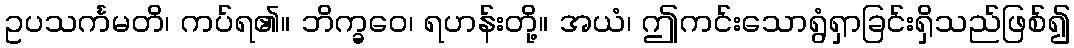
ဥပသင်္ကမတိ၊ ကပ်ရ၏။ ဘိက္ခဝေ၊ ရဟန်းတို့။ အယံ၊ ဤကင်းသောရွံရှာခြင်းရှိသည်ဖြစ်၍